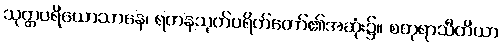
သုတ္တပရိယောသာနေ၊ ရတနသုတ်ပရိတ်တော်၏အဆုံး၌။ စတုရာသီတိယာ